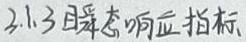
2.1.3 瞬态响应指标